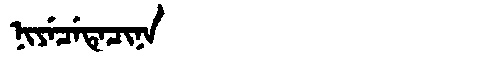
Manchu: ᠨᡳᠶᡝᠴᡝᡨᡝᠴᡳᠨᠠ
Romanization: NIYECETECINA